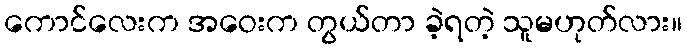
ကောင်လေးက အဝေးက တွယ်တာ ခဲ့ရတဲ့ သူမဟုတ်လား။